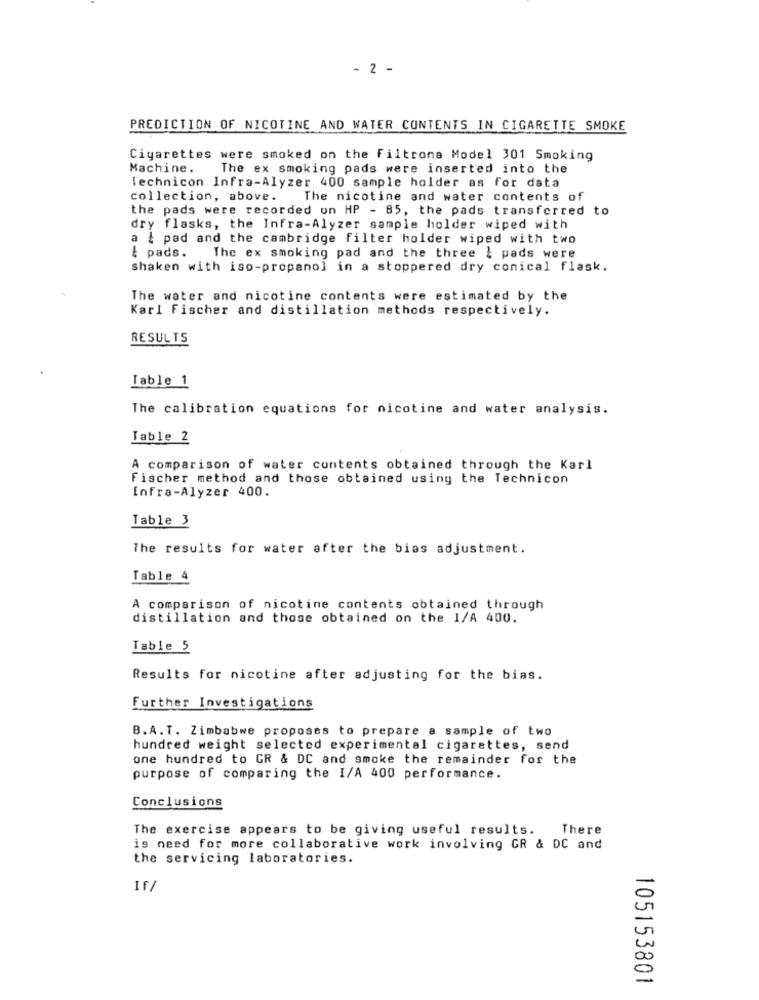
- 2 -
PREDICTION OF NICOTINE AND WATER CONTENTS IN CIGARETTE SMOKE
Cigarettes were smoked on the filtrona Model 301 Smoking
Machine. The ex smoking pads were inserted into the
lechnicon Infra-Alyzer 400 sample holder as for data
collection, above.
The nicotine and water contents of
the pads were recorded on HP - 85, the pads transferred to
dry flasks, the Infra-Alyzer sample holder wiped with
a { pad and the cambridge filter holder wiped with two
I pads. The ex smoking pad and the three } pads were
shaken with iso-propanol in a stoppered dry conical flask.
The water and nicotine contents were estimated by the
Karl Fischer and distillation methods respectively.
RESULTS
Table 1
The calibration equations for nicotine and water analysis.
Table 2
A comparison of water contents obtained through the Karl
Fischer method and those obtained using the Technicon
Infra-Alyzer 400.
Table 3
The results for water after the bias adjustment.
Table 4
A comparison of nicotine contents obtained through
distillation and those obtained on the I/A 400.
Table 5
Results for nicotine after adjusting for the bias.
Further Investigations
B.A.T. Zimbabwe proposes to prepare a sample of two
hundred weight selected experimental cigarettes, send
one hundred to GR & DC and smoke the remainder for the
purpose of comparing the I/A 400 performance.
Conclusions
The exercise appears to be giving useful results.
There
is need for more collaborative work involving GR & DC and
the servicing laboratories.
If/
105153801